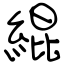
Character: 緄